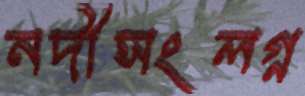
নদীসংলগ্ন